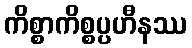
ကိစ္စာကိစ္စပ္ပဟီနဿ